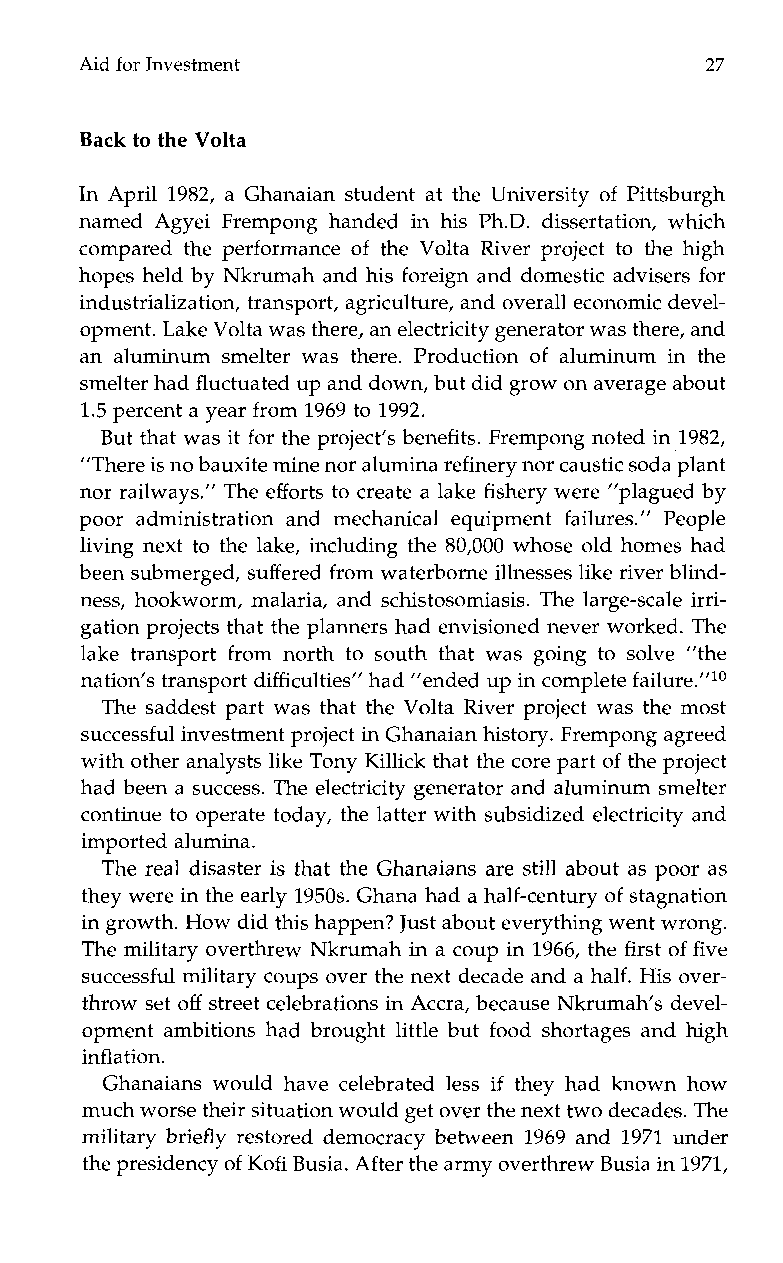
Aid for Investment                        27
 Back to the Volta
 In April 1982, a Ghanaian student at the University of Pittsburgh
 named Agyei Frempongh andedi nh is Ph.D. dissertation,w hich
 compared the performance of the Volta River project to the high
 hopes held by Nkrumah and his foreign and domestic advisers for
 industrialization, transport, agriculture, and overall economic devel-
 opment. Lake Volta was there, an electricity generator was there,a nd
 an aluminum smelter was there. Production of aluminumi nt he
 smelter had fluctuated up and down, but did grow on average about
 1.5 percent a year from 1969 to 1992.
 But that was it for the project’s benefits. Frempong noted in 1982,
 “There is no bauxitem ine nor aluminar efinery nor caustic soda plant
 nor railways.” The efforts to create a lake fishery were ”plagued by
 poora dministration and mechanical equipmentf ailures.”P eople
 living next to the lake, including the 80,000 whose old homes had
 been submerged, suffered from waterborne illnesses like river blind-
 ness, hookworm, malaria, and schistosomiasis. The large-scale irri-
 gation projects that the planners had envisioned never worked.T he
 lake transport from north to south that was going to solve ”the
 nation’s transport difficulties” had ”ended up in complete failure.”1°
 The saddest part was that the Volta River project was the most
 successful investment project in Ghanaian history. Frempong agreed
 with other analysts like Tony Killick that the core part of the project
 had been a success. The electricity generator and aluminum smelter
 continue to operate today, the latter with subsidized electricity and
 imported alumina.
 The real disaster is that the Ghanaians are still about as poor as
 they were in the early1 950s. Ghana had a half-century of stagnation
 in growth. How did this happen? Just about everything went wrong.
 The military overthrew Nkrumah in a coup in 1966, the first of five
 successful military coups over the next decade and a half. His over-
 throw set off street celebrations in Accra, because Nkrumah’s devel-
 opment ambitions had brought little but food shortages and high
 inflation.
 Ghanaians would have celebrated less if they had known how
 much worse their situation woulgde t over the next two decades. The
 military briefly restored democracy between 1969 and 1971 under
 the presidency of Kofi Busia. After the army overthrewB usia in 1971,